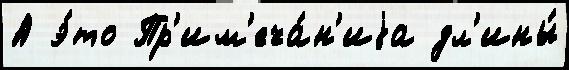
А э́то Пр'им'еча́н'иjа дл'ины́